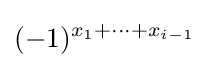
(-1)^{x_{1}+\cdots +x_{i-1}}